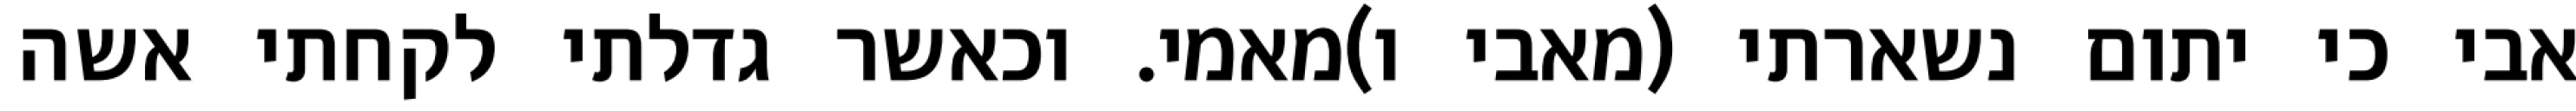
אבי כי יתום נשארתי (מאבי ו)מאמי. וכאשר גדלתי לקחתי אשה